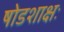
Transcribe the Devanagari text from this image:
षोडशाक्षः